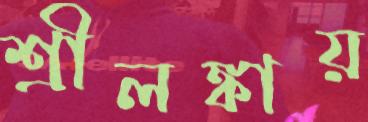
শ্রীলঙ্কায়